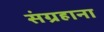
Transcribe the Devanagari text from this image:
संग्रहाना